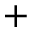
+